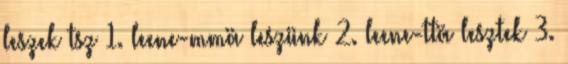
leszek tsz 1. leene-mmä leszünk 2. leene-ttä lesztek 3.